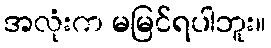
အလုံးက မမြင်ရပါဘူး။